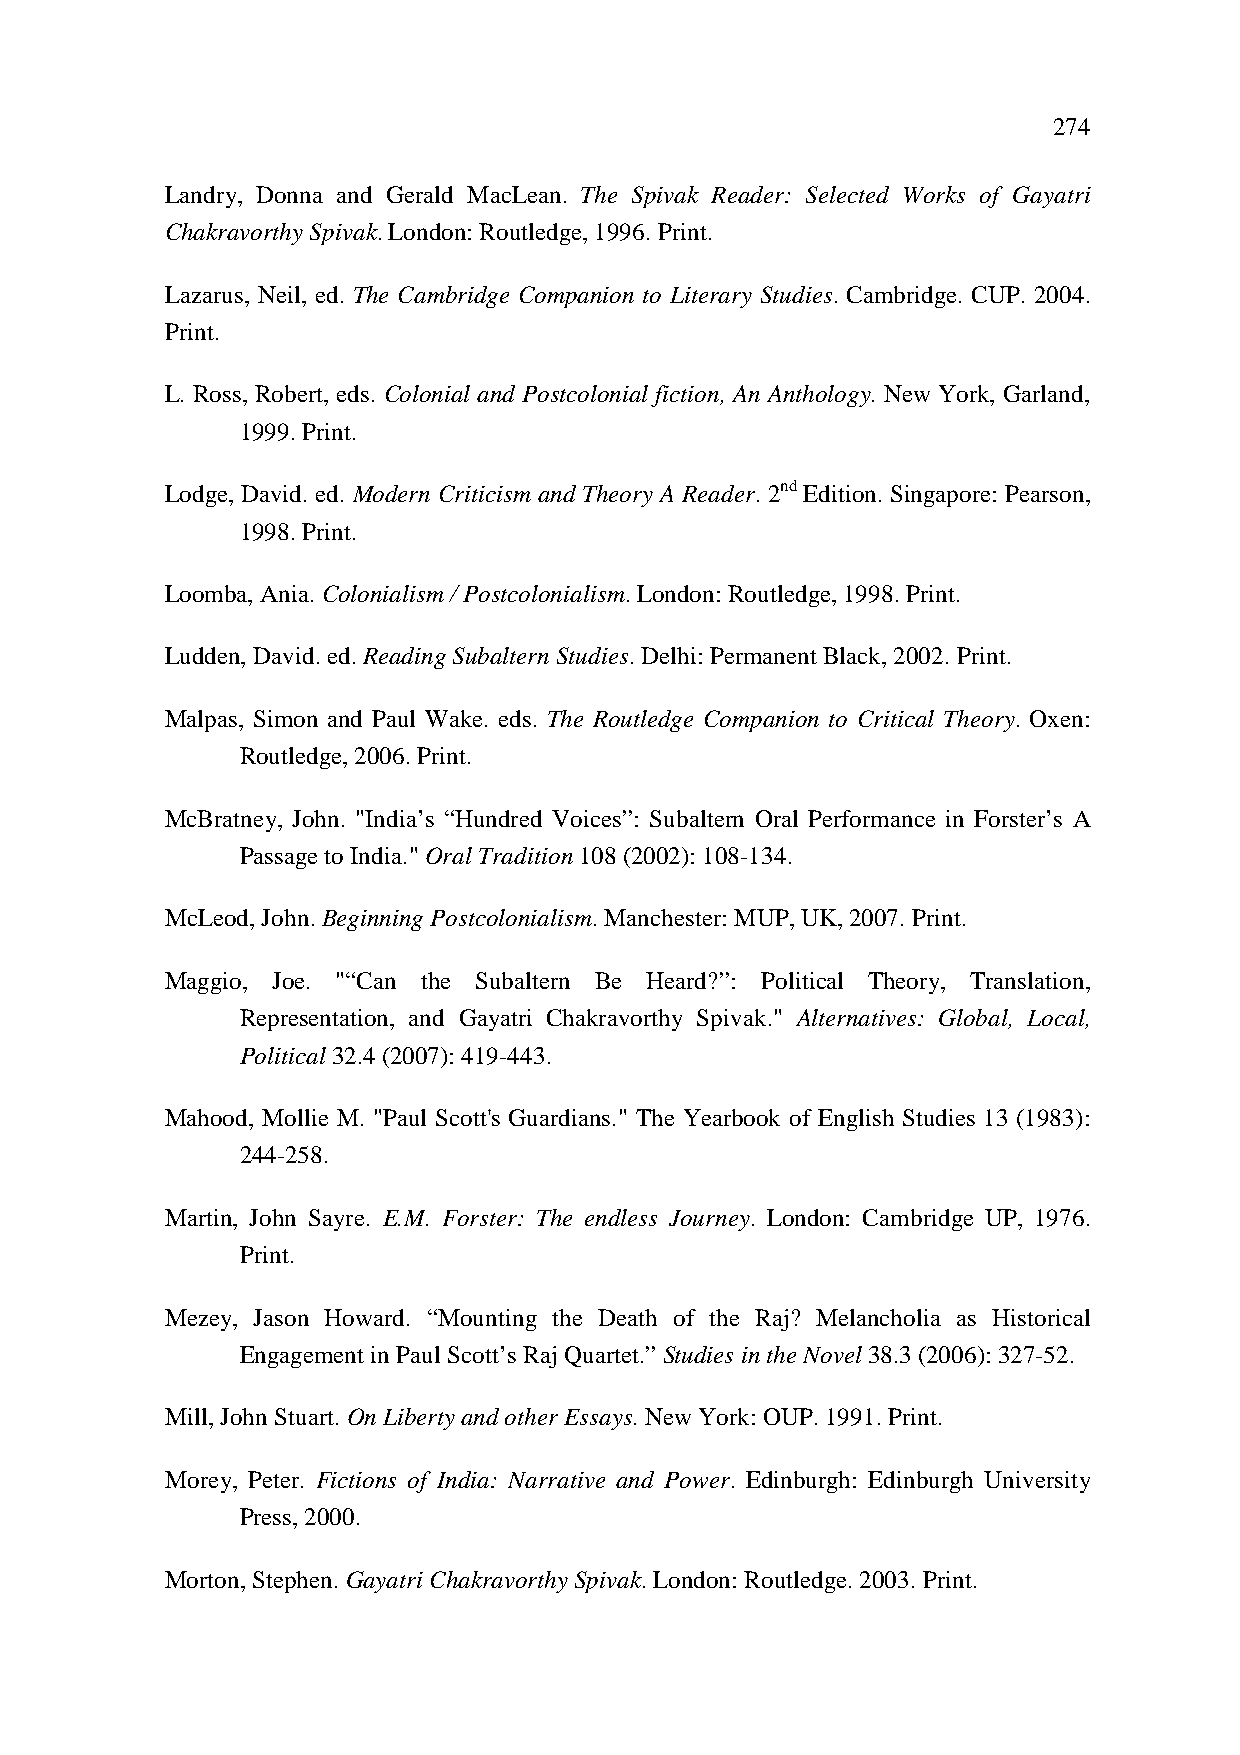
274
 Landry, Donna and Gerald MacLean. The Spivak Reader: Selected Works of Gayatri
 Chakravorthy Spivak. London: Routledge, 1996. Print.
 Lazarus, Neil, ed. The Cambridge Companion to Literary Studies. Cambridge. CUP. 2004.
 Print.
 L. Ross, Robert, eds. Colonial and Postcolonial fiction, An Anthology. New York, Garland,
 1999. Print.
 Lodge, David. ed. Modern Criticism and Theory A Reader. 2nd Edition. Singapore: Pearson,
 1998. Print.
 Loomba, Ania. Colonialism / Postcolonialism. London: Routledge, 1998. Print.
 Ludden, David. ed. Reading Subaltern Studies. Delhi: Permanent Black, 2002. Print.
 Malpas, Simon and Paul Wake. eds. The Routledge Companion to Critical Theory. Oxen:
 Routledge, 2006. Print.
 McBratney, John. "India’s “Hundred Voices”: Subaltern Oral Performance in Forster’s A
 Passage to India." Oral Tradition 108 (2002): 108-134.
 McLeod, John. Beginning Postcolonialism. Manchester: MUP, UK, 2007. Print.
 Maggio, Joe. "“Can the Subaltern Be Heard?”: Political Theory, Translation,
 Representation, and Gayatri Chakravorthy Spivak." Alternatives: Global, Local,
 Political 32.4 (2007): 419-443.
 Mahood, Mollie M. "Paul Scott's Guardians." The Yearbook of English Studies 13 (1983):
 244-258.
 Martin, John Sayre. E.M. Forster: The endless Journey. London: Cambridge UP, 1976.
 Print.
 Mezey, Jason Howard. “Mounting the Death of the Raj? Melancholia as Historical
 Engagement in Paul Scott’s Raj Quartet.” Studies in the Novel 38.3 (2006): 327-52.
 Mill, John Stuart. On Liberty and other Essays. New York: OUP. 1991. Print.
 Morey, Peter. Fictions of India: Narrative and Power. Edinburgh: Edinburgh University
 Press, 2000.
 Morton, Stephen. Gayatri Chakravorthy Spivak. London: Routledge. 2003. Print.